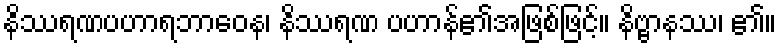
နိဿရဏပဟာရဘာဝေန၊ နိဿရဏ ပဟာန်၏အဖြစ်ဖြင့်။ နိဗ္ဗာနဿ၊ ၏။